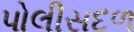
પોલીસદળ